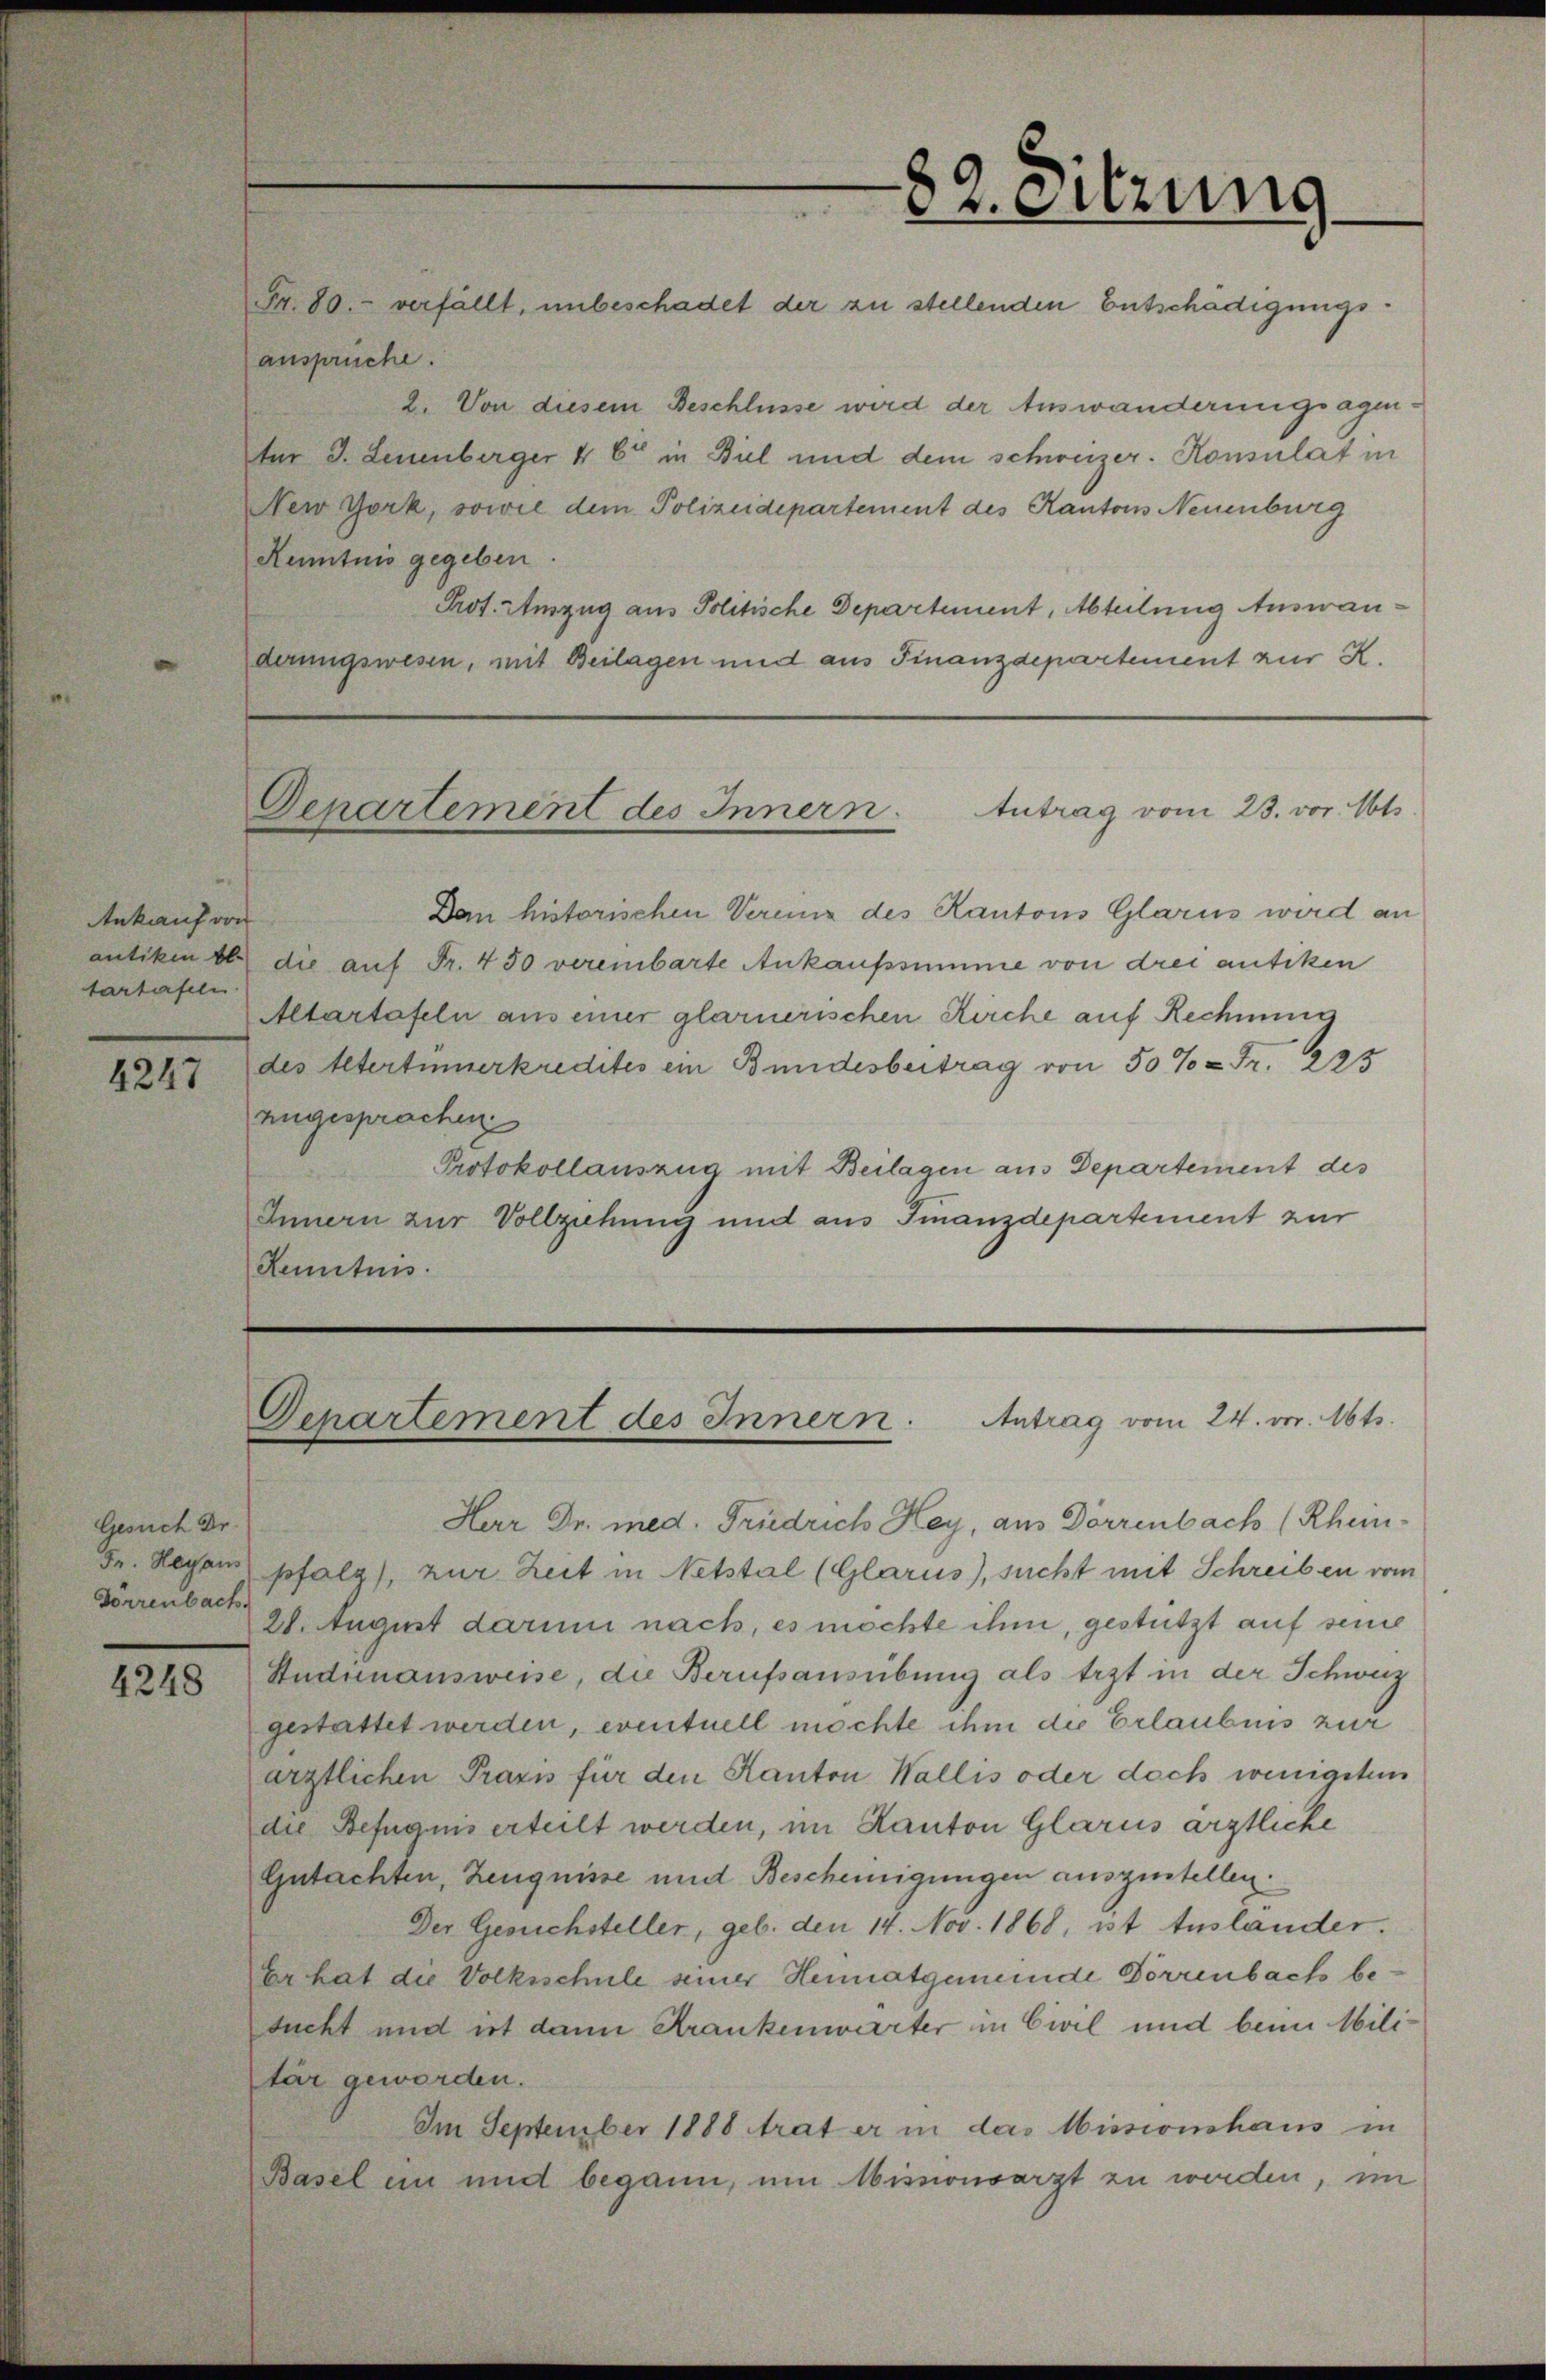
82. Sitzung
Fr. 80.- verfällt, unbeschadet der zu stellenden Entschädigungs¬
ansprüche.
2. Von diesem Beschlusse wird der Auswanderungsagen¬
tur J. Leuenberger & C.ie in Biel und dem schweizer. Konsulat in
New York, sowie dem Polizeidepartement des Kantons Neuenburg
Kenntnis gegeben.
Prot.-Auszug ans Politische Departement, Abteilung Auswan¬
derungswesen, mit Beilagen und ans Finanzdepartement zur K.
Departement des Innern. Antrag vom 23. vor. Mts.
Dem historischen Vereins des Kantons Glarus wird an
die auf Fr. 450 vereinbarte Ankaufssumme von drei antiken
Altartafeln aus einer glarnerischen Kirche auf Rechnung
des Altertümerkredites ein Bundesbeitrag von 50% = Fr. 225
zugesprochen.
Protokollauszug mit Beilagen ans Departement des
Innern zur Vollziehung und ans Finanzdepartement zur
Kenntnis.
Departement des Innern. Antrag vom 24. vor. Mts.
Herr Dr. med. Friedrich Hey, aus Dörrenbach (Rhein¬
pfalz), zur Zeit in Netstal (Glarus), sucht mit Schreiben vom
28. August darum nach, es möchte ihm, gestützt auf seine
Studienausweise, die Berufsausübung als Arzt in der Schweiz
gestattet werden, eventuell möchte ihm die Erlaubnis zur
ärztlichen Praxis für den Kanton Wallis oder doch wenigstens
die Befugnis erteilt werden, im Kanton Glarus ärztliche
Gutachten, Zeugnisse und Bescheinigungen auszustellen.
Der Gesuchsteller, geb. den 14. Nov. 1868, ist Ausländer.
Er hat die Volksschule seiner Heimatgemeinde Dörrenbach be¬
sucht und ist dann Krankenwärter in Civil und beim Mili¬
tär geworden.
Im September 1888 trat er in das Missionshaus in
Basel ein und begann, um Missionsarzt zu werden, im

Ankauf von
antiken Al¬
tartafeln.
4247

Gesuch Dr.
Fr. Hey aus
Dörrenbach.
4248